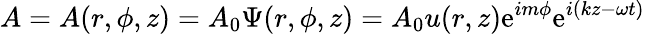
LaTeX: A=A(r,\phi,z)=A_{0}\Psi(r,\phi,z)=A_{0}u(r,z)\mathrm{e}^{im\phi}\mathrm{e}^{i(kz-\omega t)}